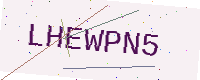
Text: LHEWPN5